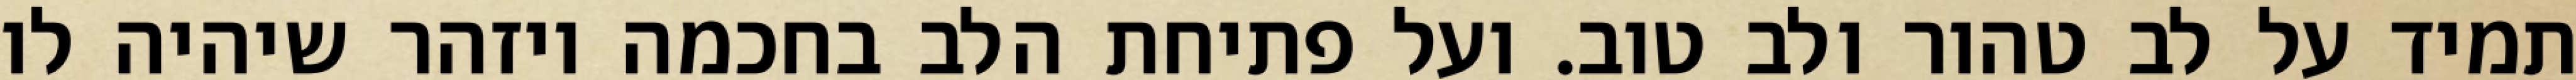
תמיד על לב טהור ולב טוב. ועל פתיחת הלב בחכמה ויזהר שיהיה לו